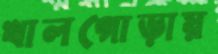
খালগোড়ায়